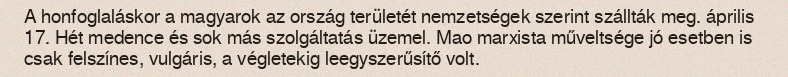
A honfoglaláskor a magyarok az ország területét nemzetségek szerint szállták meg. április 17. Hét medence és sok más szolgáltatás üzemel. Mao marxista műveltsége jó esetben is csak felszínes, vulgáris, a végletekig leegyszerűsítő volt.